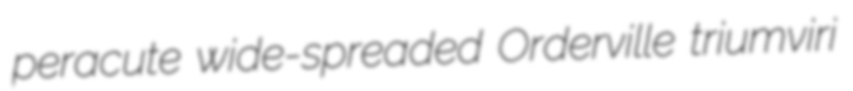
peracute wide-spreaded Orderville triumviri